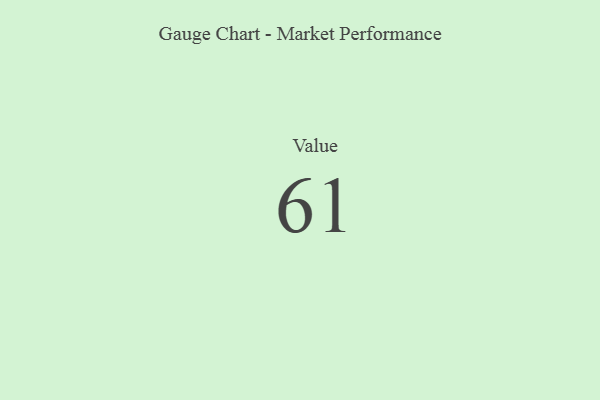
{"axis": {"x": "Metric", "y": "Value"}, "legend": [""], "data": [{"x": "Value", "y": 61, "type": ""}]}